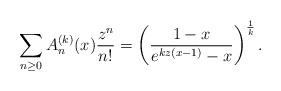
\begin{align*}\sum_{n\geq 0}A_n^{(k)}(x)\frac{z^n}{n!}=\left(\frac{1-x}{e^{kz(x-1)}-x} \right)^{\frac{1}{k}}.\end{align*}